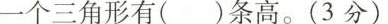
一个三角形有()条高。(3分)